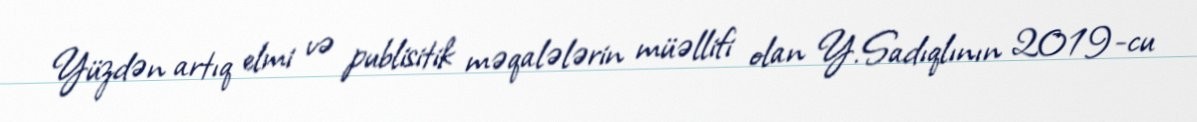
Yüzdən artıq elmi və publisitik məqalələrin müəllifi olan Y. Sadıqlının 2019-cu